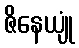
ဇိနေယျုံ